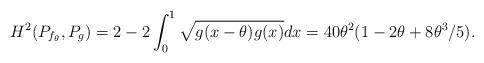
LaTeX: \begin{align*}H^2(P_{f_\theta},P_g) = 2 - 2\int_0^1 \sqrt{g(x-\theta)g(x)} dx = 40\theta^2(1-2\theta+8\theta^3/5).\end{align*}